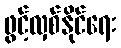
ဖွင့်လှစ်နိုင်ရေး